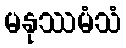
မနုဿမံသံ